Report of an investigation of the epidemic of malarial fever in Assam, or, kala-azar
Disease focus: Malaria
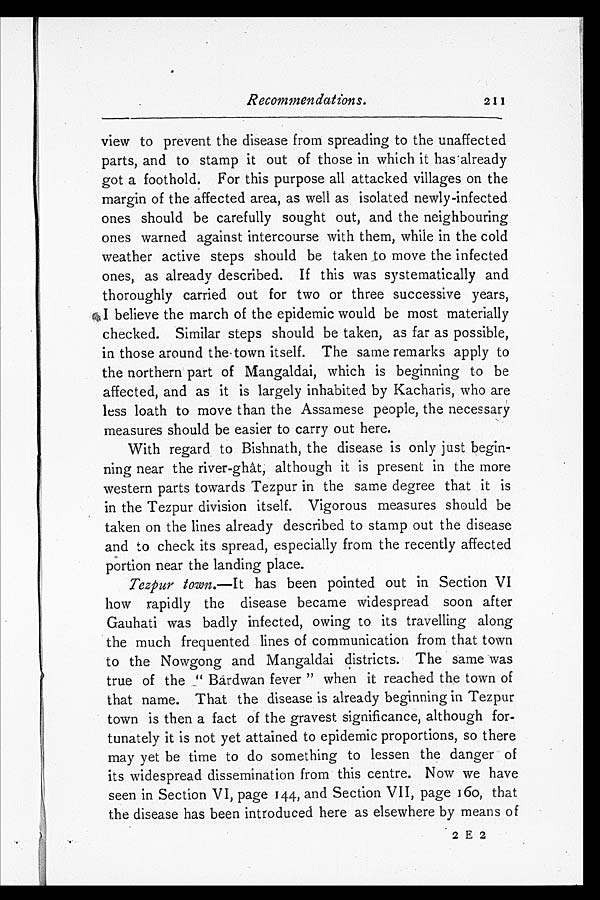
Recommendations.
2 11
view to prevent the disease from spreading to the unaffected
parts, and to stamp it out of those in which it has already
got a foothold. For this purpose all attacked villages on the
margin of the affected area, as well as isolated newly-infected
ones should be carefully sought out, and the neighbouring
ones warned against intercourse with them, while in the cold
weather active steps should be taken to move the infected
ones, as already described. If this was systematically and
thoroughly carried out for two or three successive years,
I believe the march of the epidemic would be most materially
checked. Similar steps should be taken, as far as possible,
in those around the-town itself. The same remarks apply to
the northern part of Mangaldai, which is beginning to be
affected, and as it is largely inhabited by Kacharis, who are
less loath to move than the Assamese people, the necessary
measures should be easier to carry out here.
With regard to Bishnath, the disease is only just begin-
ning near the river-ghât, although it is present in the more
western parts towards Tezpur in the same degree that it is
in the Tezpur division itself. Vigorous measures should be
taken on the lines already described to stamp out the disease
and to check its spread, especially from the recently affected
portion near the landing place.
Tezpur town. —It has been pointed out in Section VI
how rapidly the disease became widespread soon after
Gauhati was badly infected, owing to its travelling along
the much frequented lines of communication from that town
to the Nowgong and Mangaldai districts. The same was
true of the "Bardwan fever" when it reached the town of
that name. That the disease is already beginning in Tezpur
town is then a fact of the gravest significance, although for-
tunately it is not yet attained to epidemic proportions, so there
may yet be time to do something to lessen the danger of
its widespread dissemination from this centre. Now we have
seen in Section VI, page 144, and Section VII, page 160, that
the disease has been introduced here as elsewhere by means of
2 E 2